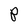
Character: P